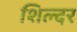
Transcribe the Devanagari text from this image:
शिल्दर